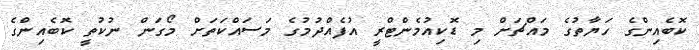
ކޮބެއިންގެ ހަޔާތުގެ މައްޗަށް މި ޑޮކިއުމެންޓްރީ އުފެއްދުމުގެ މަސައްކަތަށް މޯގަން ނުކުތީ ކޮބެއިންގެ